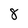
Character: 8